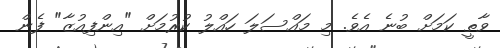
ވާތީ ކަމަށް ބުނެ އެވެ. މި މައްސަލަ ހައްލު ކުރުމަށް "އިންފިއުޒާ" ފެން